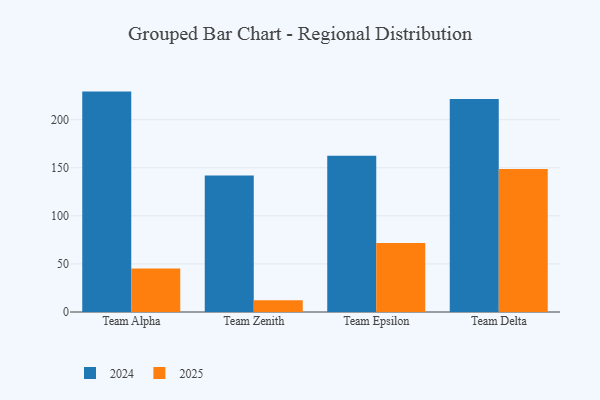
{"axis": {"x": "Team", "y": "Churn Rate (%)"}, "legend": ["2024", "2025"], "data": [{"x": "Team Alpha", "y": 229.2, "type": "2024"}, {"x": "Team Alpha", "y": 45.3, "type": "2025"}, {"x": "Team Zenith", "y": 141.9, "type": "2024"}, {"x": "Team Zenith", "y": 12.3, "type": "2025"}, {"x": "Team Epsilon", "y": 162.6, "type": "2024"}, {"x": "Team Epsilon", "y": 71.7, "type": "2025"}, {"x": "Team Delta", "y": 221.4, "type": "2024"}, {"x": "Team Delta", "y": 148.6, "type": "2025"}]}